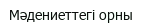
Мәдениеттегі орны